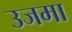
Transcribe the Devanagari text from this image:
उजमा